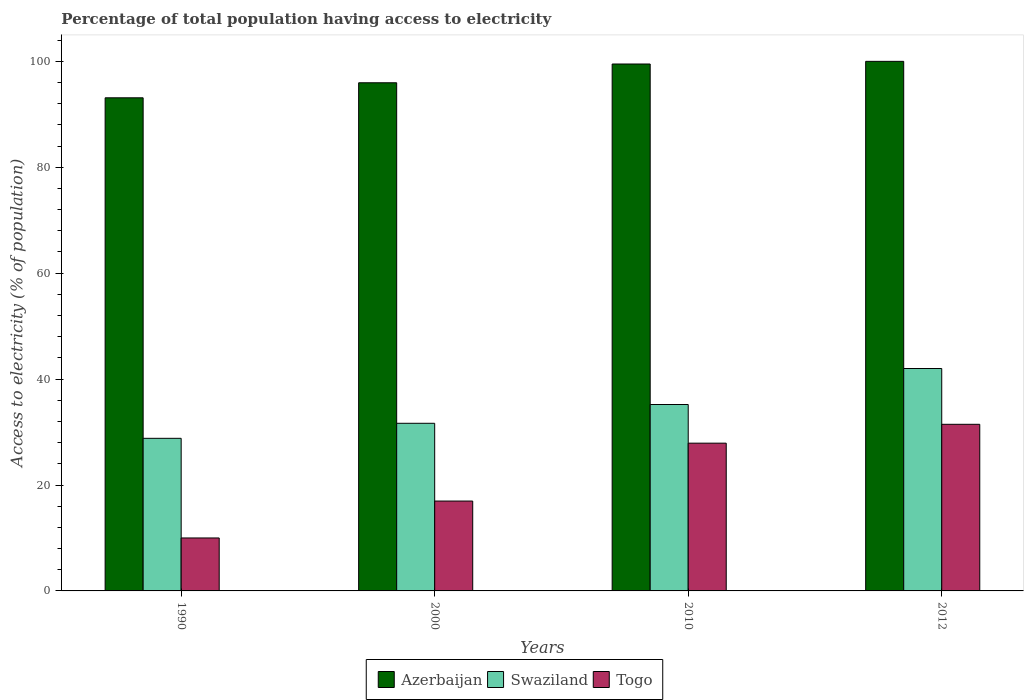
| Years | Azerbaijan | Swaziland | Togo |
 | --- | --- | --- | --- |
 | 1990 | 93.1 | 28.8 | 10 |
 | 2000 | 96 | 31.7 | 17 |
 | 2010 | 99.5 | 35.2 | 27.9 |
 | 2012 | 100 | 42 | 31.5 |